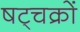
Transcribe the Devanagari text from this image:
षट्चक्रों